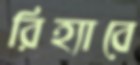
রিহ্যাবে